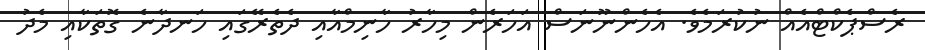
ރެސްޕެކްޓްއެއް ނުކުރަމެވެ. އެހެންނޫނަސް އަހަރެން މިހާރު ހާނިމްއާއި ދެތެރޭގައި ހަނދާނެ ގޮތަކާއި މެދު